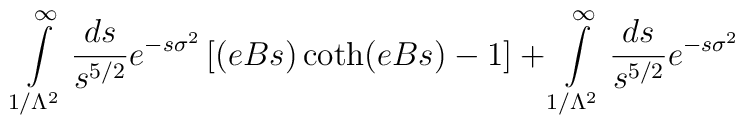
\int\limits_{1/\Lambda^2}^\infty {ds\over s^{5/2}}e^{-s\sigma^2}\left[ (eBs) \coth(eBs) - 1\right] + \int\limits_{1/\Lambda^2}^\infty {ds\over s^{5/2}}e^{-s\sigma^2}